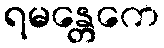
ရမန္တေကေ